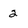
Character: 2